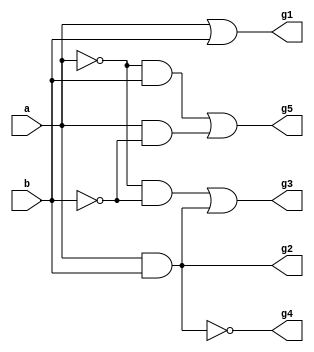
`timescale 1ns / 1ps

module basic_gates(a,b,g1,g2,g3,g4,g5);
    input a,b;
    output g1,g2,g3,g4,g5;
	 
assign g1 = a | b;
assign g2 = a & b;
assign g3 = ~a&~b | a&b;
assign g4 = ~(a & b);
assign g5 = ~a&b | a&~b ;

endmodule